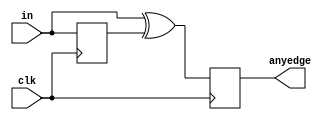
module top_module (
    input clk,
    input [7:0] in,
    output [7:0] anyedge
);

reg [7:0] in_prev;
always @ (posedge clk) in_prev <= in;
always @ (posedge clk) anyedge <= in ^ in_prev;

endmodule